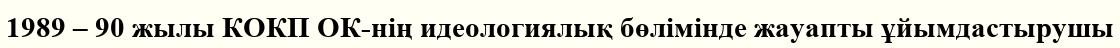
1989 – 90 жылы КОКП ОК-нің идеологиялық бөлімінде жауапты ұйымдастырушы